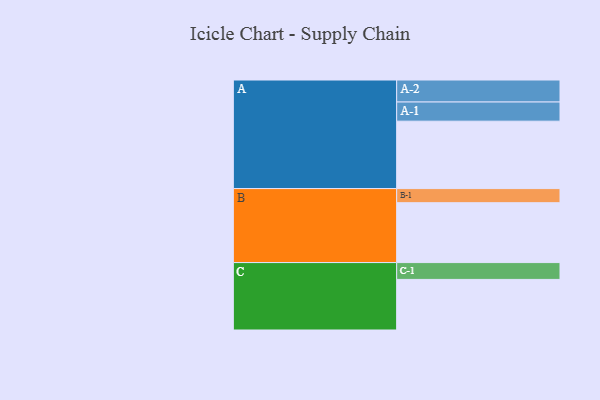
{"axis": {"x": "Segment", "y": "Value"}, "legend": ["", "A", "B", "C"], "data": [{"x": "A", "y": 573, "type": ""}, {"x": "B", "y": 509, "type": ""}, {"x": "C", "y": 430, "type": ""}, {"x": "A-1", "y": 163, "type": "A"}, {"x": "A-2", "y": 187, "type": "A"}, {"x": "B-1", "y": 120, "type": "B"}, {"x": "C-1", "y": 143, "type": "C"}]}